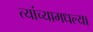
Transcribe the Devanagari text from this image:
त्यांच्यामधल्या